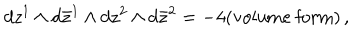
d z ^ { 1 } \wedge d \bar { z } ^ { 1 } \wedge d z ^ { 2 } \wedge d \bar { z } ^ { 2 } = - 4 ( \textrm { v o l u m e f o r m } ) \, ,